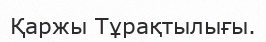
Қаржы Тұрақтылығы.